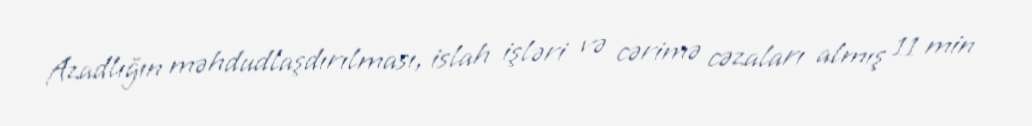
Azadlığın məhdudlaşdırılması, islah işləri və cərimə cəzaları almış 11 min